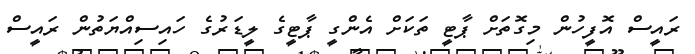
ރައީސް އޮފީހުން މިގޮތަށް ޕާޓީ ތަކަށް އެންގީ ޕާޓީގެ ލީޑަރުގެ ހައިސިއްޔަތުން ރައީސް